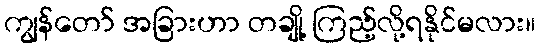
ကျွန်တော် အခြားဟာ တချို့ ကြည့်လို့ရနိုင်မလား။